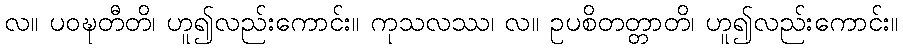
လ။ ပဝဍ္ဎတီတိ၊ ဟူ၍လည်းကောင်း။ ကုသလဿ၊ လ။ ဥပစိတတ္တာတိ၊ ဟူ၍လည်းကောင်း။